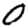
Digit: 0